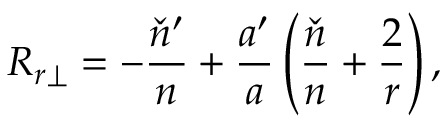
R _ { r \perp } = - \frac { \check { n } ^ { \prime } } { n } + \frac { a ^ { \prime } } { a } \left( \frac { \check { n } } { n } + \frac { 2 } { r } \right) ,